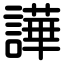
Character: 譁